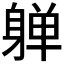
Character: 𰹀